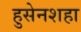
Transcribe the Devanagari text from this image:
हुसेनशहा